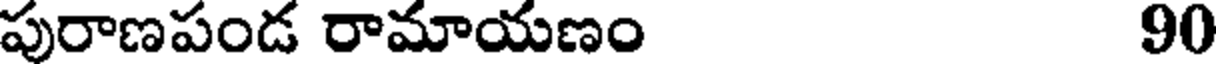
పురాణపండ రామాయణం 90